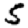
Digit: 5